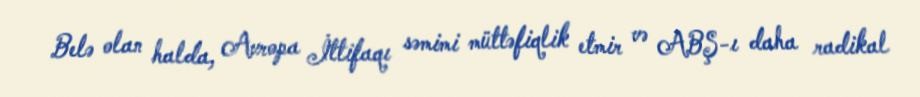
Belə olan halda, Avropa İttifaqı səmimi müttəfiqlik etmir və ABŞ-ı daha radikal